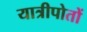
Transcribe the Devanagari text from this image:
यात्रीपोतों